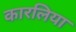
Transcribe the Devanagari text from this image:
कारलिया